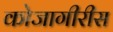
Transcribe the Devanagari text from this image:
कोजागीरीस